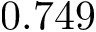
0 . 7 4 9